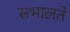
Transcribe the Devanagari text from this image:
सभालते